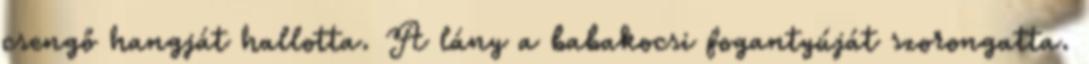
csengő hangját hallotta. A lány a babakocsi fogantyúját szorongatta.